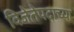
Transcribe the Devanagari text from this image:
विजेतेपदाच्या